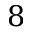
8